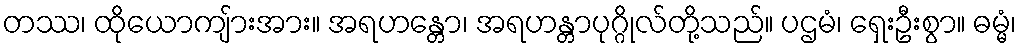
တဿ၊ ထိုယောကျ်ားအား။ အရဟန္တော၊ အရဟန္တာပုဂ္ဂိုလ်တို့သည်။ ပဌမံ၊ ရှေးဦးစွာ။ ဓမ္မံ၊